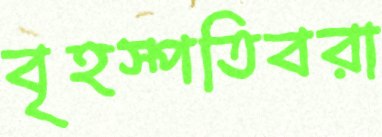
বৃহস্পতিবরা